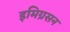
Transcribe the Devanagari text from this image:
इमिग्रसन